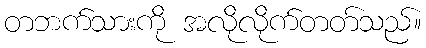
တဘက်သားကို အလိုလိုက်တတ်သည်။